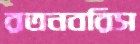
রতনবরিস